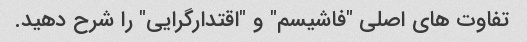
تفاوت های اصلی "فاشیسم" و "اقتدارگرایی" را شرح دهید.